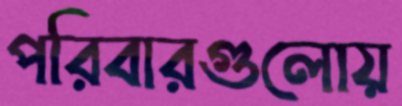
পরিবারগুলোয়